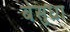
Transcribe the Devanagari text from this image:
बेसुधा